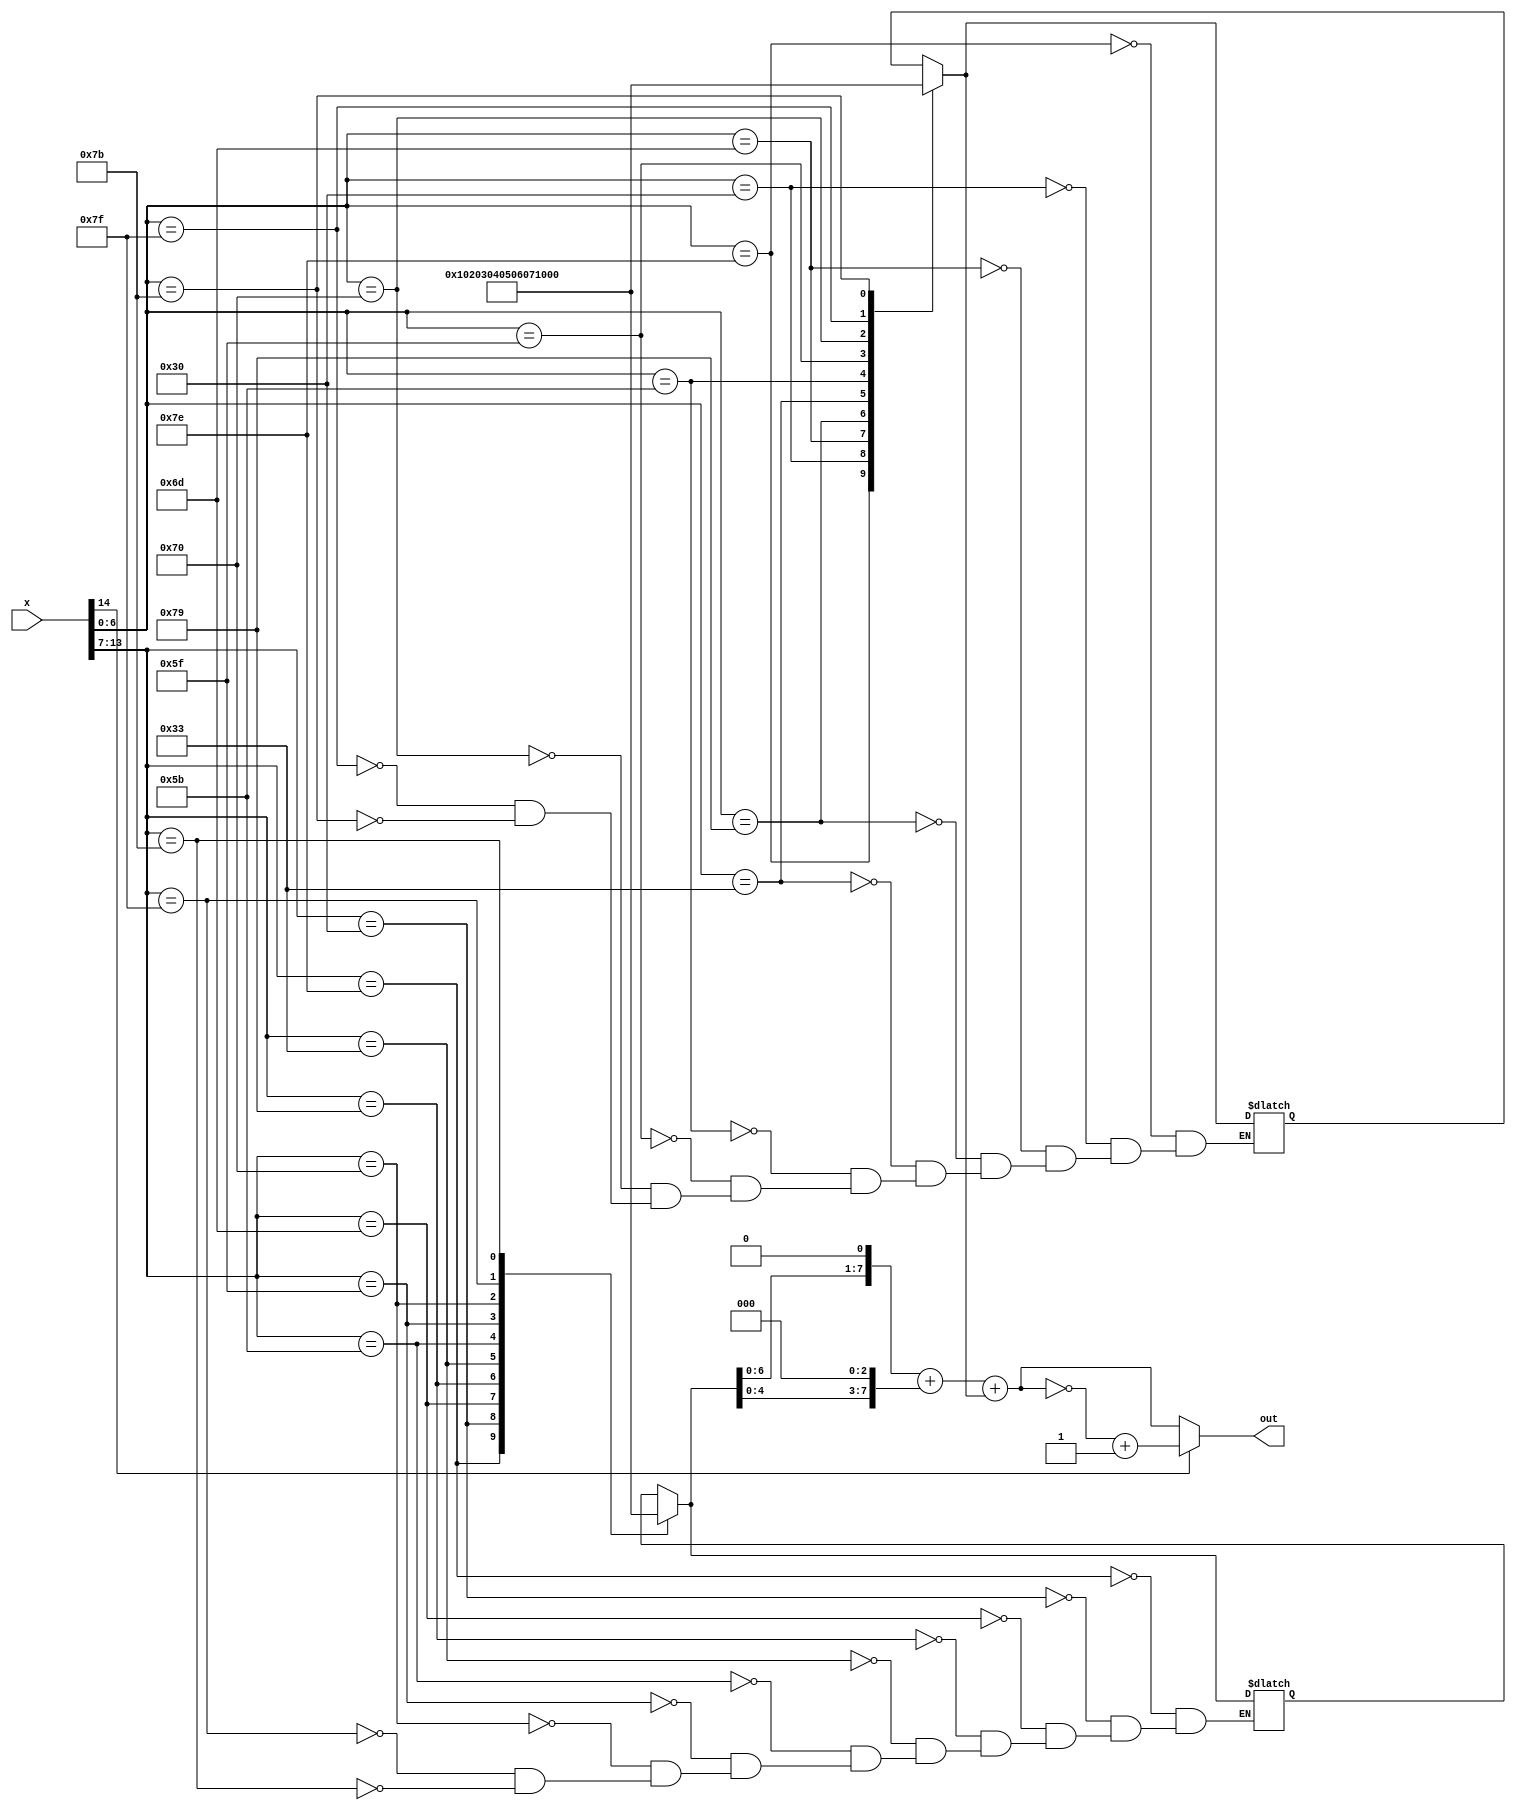
`timescale 1ns / 1ps
//////////////////////////////////////////////////////////////////////////////////
// Company: 
// Engineer: 
// 
// Miulescu Cristina-Maria , 333 AB

module decoder(output reg[7:0] out, input[14:0] x);

	reg       semn_x;						     // semnele lui x si y
	reg [7:0] first_digit_x; 			    // cifra zecilor de pe afisajul ledului
	reg [7:0] second_digit_x;	         // cifra unitatilor de pe afisajul ledului
	reg [7:0] out_x;
	reg [7:0] 	  x1, x2;				 // valoarea pe 8 biti a cifrei zecilor si unitatilor
	
		always@ (*) begin
		 semn_x = x[14];
		 first_digit_x = x[13:7];
		 second_digit_x = x[6:0];
		
		case(first_digit_x)
			7'b1111110 : x1 = 8'b00000000;	// 0
			7'b0110000 : x1 = 8'b00000001;	// 1
			7'b1101101 : x1 = 8'b00000010;	// 2
			7'b1111001 : x1 = 8'b00000011; 	// 3
			7'b0110011 : x1 = 8'b00000100; 	// 4
			7'b1011011 : x1 = 8'b00000101;	// 5
			7'b1011111 : x1 = 8'b00000110; 	// 6
			7'b1110000 : x1 = 8'b00000111; 	// 7
			7'b1111111 : x1 = 8'b00001000; 	// 8
			7'b1111011 : x1 = 8'b00001001; 	// 9
		endcase
		
		case(second_digit_x)
			7'b1111110 : x2 = 8'b00000000;	// 0
			7'b0110000 : x2 = 8'b00000001;	// 1
			7'b1101101 : x2 = 8'b00000010;	// 2
			7'b1111001 : x2 = 8'b00000011; 	// 3
			7'b0110011 : x2 = 8'b00000100; 	// 4
			7'b1011011 : x2 = 8'b00000101;	// 5
			7'b1011111 : x2 = 8'b00000110; 	// 6
			7'b1110000 : x2 = 8'b00000111; 	// 7
			7'b1111111 : x2 = 8'b00001000; 	// 8
			7'b1111011 : x2 = 8'b00001001; 	// 9
		endcase
		
		// Scriu in binar
		if(semn_x == 0)begin
				out_x = (x1<<1) + (x1<<3) + x2;
				end
				else begin
			out_x = ~((x1<<1) + (x1<<3) + x2) + 1'b1 ;
		end
		out = out_x;
		end

endmodule

module booth(out, in1, in2);

parameter width = 8;

input  	[width-1:0]   in1; //multiplicand
input  	[width-1:0]   in2; //multiplier
output  [2*width-1:0] out; // product


/*write your code here*/
reg     [2*width:0] p;
integer i;

assign out = p[2*width:1];

always@ (in1 or in2) begin
    p = {{width{1'b0}}, in2, 1'b0};
    for(i = 0; i < width; i = i + 1) begin
        case(p[1:0])
            2'b01: p[2*width:width+1] = p[2*width:width+1] + in1;
            2'b10: p[2*width:width+1] = p[2*width:width+1] - in1;
            default: p[2*width:width+1] = p[2*width:width+1] + {width{1'b0}};
        endcase
        p = {p[2*width], p} >> 1;
    end
end

endmodule
	
	module multiplier(
	output[14:0] product,
	input[14:0] x,
	input[14:0] y
    );
	
	
	wire [7:0]      data_x, data_y;					     // valoarea in binar a lui x si y
	wire [15:0] prod;
	
	
	decoder d1(data_x, x);									// decodificam pe x de pe afisajul digital
	decoder d2(data_y, y);									// decodificam pe y de pe afisajul digital

	booth b(prod, data_x, data_y);						// aplicam algoritmul lui booth
	
	assign product = prod[14:0];							// ne intereseaza doar primii 14 biti din rezultat

endmodule